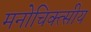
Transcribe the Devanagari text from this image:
मनोचिक्त्सीय